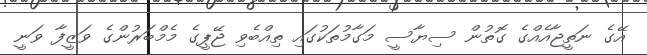
އޭގެ ނަތީޖާއެއްގެ ގޮތުން ސިޔާސީ މަގާމުތަކުގައި ތިއްބެވި ޖޭޕީގެ މެމްބަރުންގެ ވަޒީފާ ވަނީ